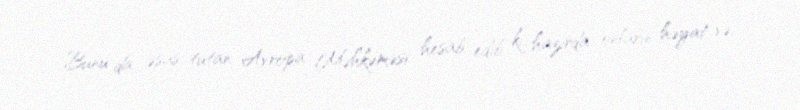
Bunu da əsas tutan Avropa Məhkəməsi hesab edib ki, hazırda onların həyat və